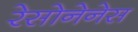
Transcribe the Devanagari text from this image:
रेसोनेनेस